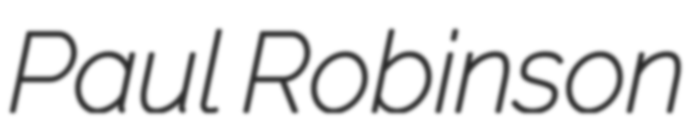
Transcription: Paul Robinson